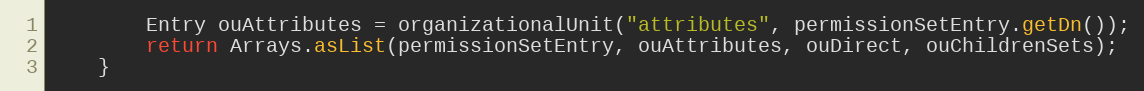
Language: Java
        Entry ouAttributes = organizationalUnit("attributes", permissionSetEntry.getDn());
        return Arrays.asList(permissionSetEntry, ouAttributes, ouDirect, ouChildrenSets);
    }